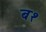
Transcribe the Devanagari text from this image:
ब१